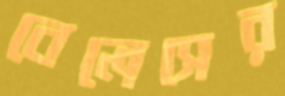
বেলেসের